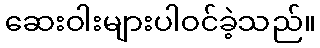
ဆေးဝါးများပါဝင်ခဲ့သည်။